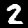
Label: 2